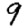
Digit: 9